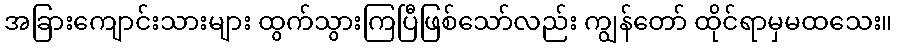
အခြားကျောင်းသားများ ထွက်သွားကြပြီဖြစ်သော်လည်း ကျွန်တော် ထိုင်ရာမှမထသေး။